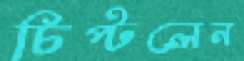
চিপ্‌টলেন